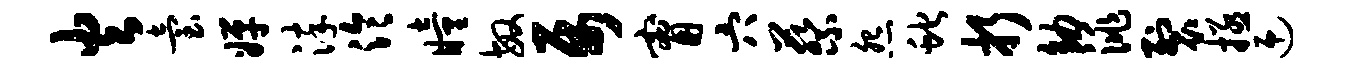
火台婵淬泠瞳敏属甯穴蔡怨蛇折幼洮裂拯迎